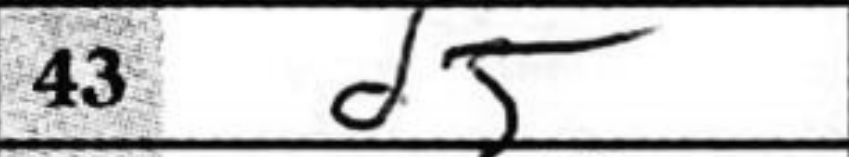
Transcription: d5